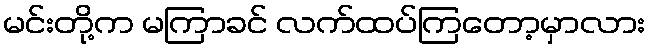
မင်းတို့က မကြာခင် လက်ထပ်ကြတော့မှာလား